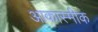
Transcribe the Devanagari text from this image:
आकास्मीक